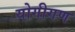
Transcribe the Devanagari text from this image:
योगीगण